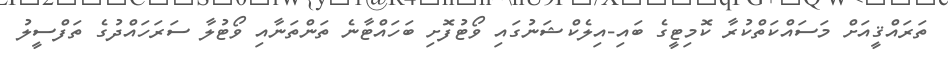
ތަރައްޤީއަށް މަސައްކަތްކުރާ ކޮމިޓީގެ ބައި-އިލެކްޝަނުގައި ވޯޓުފޮށި ބަހައްޓާނެ ތަންތަނާއި ވޯޓުލާ ސަރަހައްދުގެ ތަފްސީލު